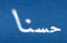
حسنا